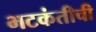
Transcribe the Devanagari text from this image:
भटकंतीची